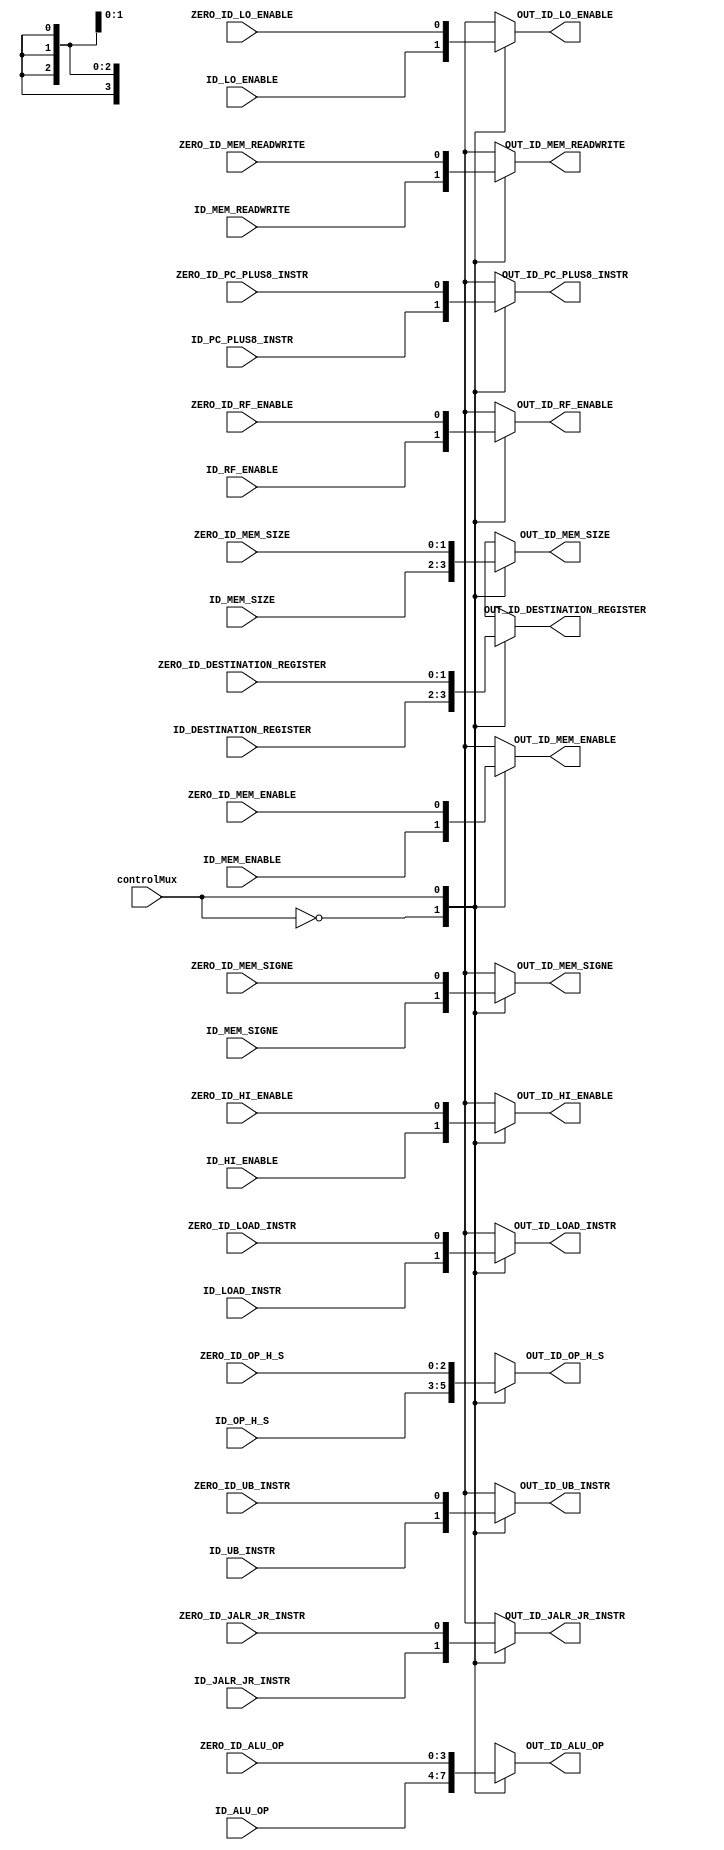
module Mux_Control_Unit (
    input wire [3:0] ID_ALU_OP, //4 bit BUS (ALU CONTROL)
    input wire ID_LOAD_INSTR,
    input wire ID_RF_ENABLE,
    input wire ID_HI_ENABLE,
    input wire ID_LO_ENABLE,
    input wire ID_PC_PLUS8_INSTR,
    input wire ID_UB_INSTR,
    input wire ID_JALR_JR_INSTR,
    input wire [1:0] ID_DESTINATION_REGISTER,
    input wire [2:0] ID_OP_H_S,
    input wire ID_MEM_ENABLE,
    input wire ID_MEM_READWRITE,
    input wire [1:0] ID_MEM_SIZE, //2 bit BUS size for store function
    input wire ID_MEM_SIGNE,

    //Line inputs as zero for NOP
    input wire [3:0] ZERO_ID_ALU_OP, //4 bit BUS (ALU CONTROL)
    input wire ZERO_ID_LOAD_INSTR,
    input wire ZERO_ID_RF_ENABLE,
    input wire ZERO_ID_HI_ENABLE,
    input wire ZERO_ID_LO_ENABLE,
    input wire ZERO_ID_PC_PLUS8_INSTR,
    input wire ZERO_ID_UB_INSTR,
    input wire ZERO_ID_JALR_JR_INSTR,
    input wire [1:0] ZERO_ID_DESTINATION_REGISTER,
    input wire [2:0] ZERO_ID_OP_H_S,
    input wire ZERO_ID_MEM_ENABLE,
    input wire ZERO_ID_MEM_READWRITE,
    input wire [1:0] ZERO_ID_MEM_SIZE, //2 bit BUS size for store function
    input wire ZERO_ID_MEM_SIGNE,

    input wire controlMux,              // 1 bit selector coming from hazard unit

    //THE OUTPUTS ARE HALF THE INPUT. ZEROS OR ACTUAL INPUT VALUES
    output reg [3:0] OUT_ID_ALU_OP, //4 bit BUS (ALU CONTROL)
    output reg OUT_ID_LOAD_INSTR,
    output reg OUT_ID_RF_ENABLE,
    output reg OUT_ID_HI_ENABLE,
    output reg OUT_ID_LO_ENABLE,
    output reg OUT_ID_PC_PLUS8_INSTR,
    output reg OUT_ID_UB_INSTR,
    output reg OUT_ID_JALR_JR_INSTR,
    output reg [1:0] OUT_ID_DESTINATION_REGISTER,
    output reg [2:0] OUT_ID_OP_H_S,
    output reg OUT_ID_MEM_ENABLE,
    output reg OUT_ID_MEM_READWRITE,
    output reg [1:0] OUT_ID_MEM_SIZE, //2 bit BUS size for store function
    output reg OUT_ID_MEM_SIGNE
  );

  always @(*) begin
    case(controlMux)
      1'b0:
      begin
        OUT_ID_ALU_OP                 <= ID_ALU_OP;
        OUT_ID_LOAD_INSTR             <= ID_LOAD_INSTR;
        OUT_ID_RF_ENABLE              <= ID_RF_ENABLE;
        OUT_ID_HI_ENABLE              <= ID_HI_ENABLE;
        OUT_ID_LO_ENABLE              <= ID_LO_ENABLE;
        OUT_ID_PC_PLUS8_INSTR         <= ID_PC_PLUS8_INSTR;
        OUT_ID_UB_INSTR               <= ID_UB_INSTR;
        OUT_ID_JALR_JR_INSTR          <= ID_JALR_JR_INSTR;
        OUT_ID_DESTINATION_REGISTER   <= ID_DESTINATION_REGISTER;
        OUT_ID_OP_H_S                 <= ID_OP_H_S;
        OUT_ID_MEM_ENABLE             <= ID_MEM_ENABLE;
        OUT_ID_MEM_READWRITE          <= ID_MEM_READWRITE;
        OUT_ID_MEM_SIZE               <= ID_MEM_SIZE;
        OUT_ID_MEM_SIGNE              <= ID_MEM_SIGNE;
      end
      1'b1:
      begin
        OUT_ID_ALU_OP               <= ZERO_ID_ALU_OP;
        OUT_ID_LOAD_INSTR           <= ZERO_ID_LOAD_INSTR;
        OUT_ID_RF_ENABLE            <= ZERO_ID_RF_ENABLE;
        OUT_ID_HI_ENABLE            <= ZERO_ID_HI_ENABLE;
        OUT_ID_LO_ENABLE            <= ZERO_ID_LO_ENABLE;
        OUT_ID_PC_PLUS8_INSTR       <= ZERO_ID_PC_PLUS8_INSTR;
        OUT_ID_UB_INSTR             <= ZERO_ID_UB_INSTR;
        OUT_ID_JALR_JR_INSTR        <= ZERO_ID_JALR_JR_INSTR;
        OUT_ID_DESTINATION_REGISTER <= ZERO_ID_DESTINATION_REGISTER;
        OUT_ID_OP_H_S               <= ZERO_ID_OP_H_S;
        OUT_ID_MEM_ENABLE           <= ZERO_ID_MEM_ENABLE;
        OUT_ID_MEM_READWRITE        <= ZERO_ID_MEM_READWRITE;
        OUT_ID_MEM_SIZE             <= ZERO_ID_MEM_SIZE;
        OUT_ID_MEM_SIGNE            <= ZERO_ID_MEM_SIGNE;
      end
    endcase
  end
endmodule

module Mux_1BitTwoToOne (
    input wire INPUT_ONE,
    input wire INPUT_TWO,
    input wire S,
    output reg OUT
  );
  always@(*)
  begin
    case(S)
      1'b0:
        OUT <= INPUT_ONE;
      1'b1:
        OUT <= INPUT_TWO;
    endcase
  end
endmodule

module MUX32BitTwoToOne ( /*USED FOR 32 BIT INPUTS*/ /*TWO USED IN ID AND ONE USED IN MEM*/
    input wire [31:0] Input_One,
    input wire [31:0] Input_Two,

    input wire S, //Selection signal

    output reg [31:0] Out
  );

  always@(*)
  begin

    case(S)
      1'b0:
        Out <= Input_One;

      1'b1:
        Out <= Input_Two;
    endcase
  end

endmodule

module Mux_Jump_OR_Condition ( /*USED FOR 1 BIT INPUTS*/ /*ONLY ONE USED IN ID*/
    input wire Jump, //Jump if Unconditional //WOULD BE A DIRECT 1
    input wire Condition, //Condition Handler Signal

    input wire S, //Selection signal

    output reg Out
  );

  always@(*) begin
    case(S)
      1'b0: Out <= Condition;
      1'b1: Out <= Jump;
    endcase
  end

endmodule

module Mux_RegisterFile_Ports (
    input wire [31:0] ID_Result,
    input wire [31:0] EX_Result,
    input wire [31:0] MEM_Result,
    input wire [31:0] WB_Result,
    input wire [1:0] S,
    output reg [31:0] Out
  );

  always@(*)
  begin
    case(S)
      2'b00:
        Out <= ID_Result;
      2'b01:
        Out <= EX_Result;
      2'b10:
        Out <= MEM_Result;
      2'b11:
        Out <= WB_Result;
    endcase
  end

endmodule


module Mux_Destination_Registers ( /*USED FOR 5 BIT INPUTS*/ /*ONE USED IN ID*/
    //Destination Registers used by instructions
    input wire [4:0] RD,  // 5-bit input for RD
    input wire [4:0] RT,  // 5-bit input for RT
    input wire [4:0] R31, // 5-bit input for Register 31

    input wire [1:0] S, //Selection signal /*COMES FROM FORWARDING UNIT*/

    output reg [4:0] Out // Corrected to 5-bit output
  );
  always@(*) begin
    case(S)
      2'b00:   Out <= RD;
      2'b01:   Out <= RT;
      2'b10:   Out <= R31;
      default: Out <= 5'b00000; // Undefined state
    endcase
  end
endmodule



module Mux_32to1 (
    input wire [31:0] Rzero,
    input wire [31:0] Rone,
    input wire [31:0] Rtwo,
    input wire [31:0] Rthree,
    input wire [31:0] Rfour,
    input wire [31:0] Rfive,
    input wire [31:0] Rsix,
    input wire [31:0] Rseven,
    input wire [31:0] Reight,
    input wire [31:0] Rnine,
    input wire [31:0] Rten,
    input wire [31:0] Releven,
    input wire [31:0] Rtwelve,
    input wire [31:0] Rthirteen,
    input wire [31:0] Rfourteen,
    input wire [31:0] Rfifteen,
    input wire [31:0] Rsixteen,
    input wire [31:0] Rseventeen,
    input wire [31:0] Reighteen,
    input wire [31:0] Rnineteen,
    input wire [31:0] Rtwenty,
    input wire [31:0] Rtwentyone,
    input wire [31:0] Rtwentytwo,
    input wire [31:0] Rtwentythree,
    input wire [31:0] Rtwentyfour,
    input wire [31:0] Rtwentyfive,
    input wire [31:0] Rtwentysix,
    input wire [31:0] Rtwentyseven,
    input wire [31:0] Rtwentyeight,
    input wire [31:0] Rtwentynine,
    input wire [31:0] Rthirty,
    input wire [31:0] Rthirtyone,  // 32 32-bit input data lines
    input wire [4:0] R,              // 5-bit select signal
    output reg [31:0] P         // 32-bit output data
  );

  always @(*)
  begin
    case(R)
      5'b00000:
        P = 5'b0;
      5'b00001:
        P = Rone;
      5'b00010:
        P = Rtwo;
      5'b00011:
        P = Rthree;
      5'b00100:
        P = Rfour;
      5'b00101:
        P = Rfive;
      5'b00110:
        P = Rsix;
      5'b00111:
        P = Rseven;
      5'b01000:
        P = Reight;
      5'b01001:
        P = Rnine;
      5'b01010:
        P = Rten;
      5'b01011:
        P = Releven;
      5'b01100:
        P = Rtwelve;
      5'b01101:
        P = Rthirteen;
      5'b01110:
        P = Rfourteen;
      5'b01111:
        P = Rfifteen;
      5'b10000:
        P = Rsixteen;
      5'b10001:
        P = Rseventeen;
      5'b10010:
        P = Reighteen;
      5'b10011:
        P = Rnineteen;
      5'b10100:
        P = Rtwenty;
      5'b10101:
        P = Rtwentyone;
      5'b10110:
        P = Rtwentytwo;
      5'b10111:
        P = Rtwentythree;
      5'b11000:
        P = Rtwentyfour;
      5'b11001:
        P = Rtwentyfive;
      5'b11010:
        P = Rtwentysix;
      5'b11011:
        P = Rtwentyseven;
      5'b11100:
        P = Rtwentyeight;
      5'b11101:
        P = Rtwentynine;
      5'b11110:
        P = Rthirty;
      5'b11111:
        P = Rthirtyone;
    endcase
    //P = register_inputs[R];
  end
endmodule